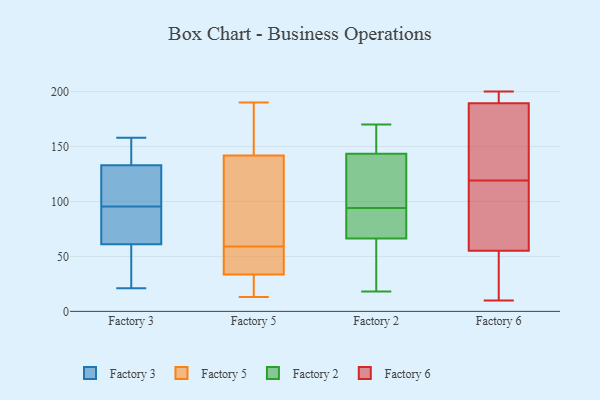
{"axis": {"x": "Page Views", "y": "Value"}, "legend": ["Factory 2", "Factory 3", "Factory 5", "Factory 6"], "data": [{"x": "", "y": 140, "type": "Factory 3"}, {"x": "", "y": 65, "type": "Factory 3"}, {"x": "", "y": 101, "type": "Factory 3"}, {"x": "", "y": 21, "type": "Factory 3"}, {"x": "", "y": 61, "type": "Factory 3"}, {"x": "", "y": 158, "type": "Factory 3"}, {"x": "", "y": 21, "type": "Factory 3"}, {"x": "", "y": 133, "type": "Factory 3"}, {"x": "", "y": 90, "type": "Factory 3"}, {"x": "", "y": 112, "type": "Factory 3"}, {"x": "", "y": 59, "type": "Factory 5"}, {"x": "", "y": 123, "type": "Factory 5"}, {"x": "", "y": 64, "type": "Factory 5"}, {"x": "", "y": 179, "type": "Factory 5"}, {"x": "", "y": 148, "type": "Factory 5"}, {"x": "", "y": 13, "type": "Factory 5"}, {"x": "", "y": 47, "type": "Factory 5"}, {"x": "", "y": 161, "type": "Factory 5"}, {"x": "", "y": 29, "type": "Factory 5"}, {"x": "", "y": 190, "type": "Factory 5"}, {"x": "", "y": 73, "type": "Factory 5"}, {"x": "", "y": 13, "type": "Factory 5"}, {"x": "", "y": 51, "type": "Factory 5"}, {"x": "", "y": 19, "type": "Factory 5"}, {"x": "", "y": 51, "type": "Factory 5"}, {"x": "", "y": 102, "type": "Factory 2"}, {"x": "", "y": 170, "type": "Factory 2"}, {"x": "", "y": 44, "type": "Factory 2"}, {"x": "", "y": 55, "type": "Factory 2"}, {"x": "", "y": 170, "type": "Factory 2"}, {"x": "", "y": 84, "type": "Factory 2"}, {"x": "", "y": 117, "type": "Factory 2"}, {"x": "", "y": 151, "type": "Factory 2"}, {"x": "", "y": 121, "type": "Factory 2"}, {"x": "", "y": 165, "type": "Factory 2"}, {"x": "", "y": 64, "type": "Factory 2"}, {"x": "", "y": 73, "type": "Factory 2"}, {"x": "", "y": 73, "type": "Factory 2"}, {"x": "", "y": 94, "type": "Factory 2"}, {"x": "", "y": 18, "type": "Factory 2"}, {"x": "", "y": 195, "type": "Factory 6"}, {"x": "", "y": 74, "type": "Factory 6"}, {"x": "", "y": 179, "type": "Factory 6"}, {"x": "", "y": 55, "type": "Factory 6"}, {"x": "", "y": 10, "type": "Factory 6"}, {"x": "", "y": 17, "type": "Factory 6"}, {"x": "", "y": 119, "type": "Factory 6"}, {"x": "", "y": 199, "type": "Factory 6"}, {"x": "", "y": 148, "type": "Factory 6"}, {"x": "", "y": 56, "type": "Factory 6"}, {"x": "", "y": 88, "type": "Factory 6"}, {"x": "", "y": 121, "type": "Factory 6"}, {"x": "", "y": 89, "type": "Factory 6"}, {"x": "", "y": 25, "type": "Factory 6"}, {"x": "", "y": 200, "type": "Factory 6"}, {"x": "", "y": 44, "type": "Factory 6"}, {"x": "", "y": 200, "type": "Factory 6"}, {"x": "", "y": 177, "type": "Factory 6"}, {"x": "", "y": 193, "type": "Factory 6"}]}